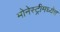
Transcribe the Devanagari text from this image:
मोनेस्ट्रीमध्येच